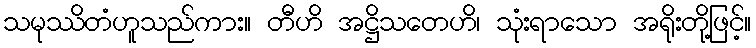
သမုဿိတံဟူသည်ကား။ တီဟိ အဋ္ဌိသတေဟိ၊ သုံးရာသော အရိုးတို့ဖြင့်။